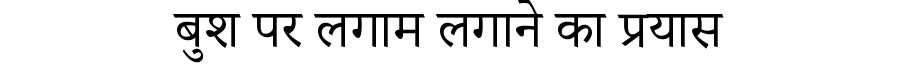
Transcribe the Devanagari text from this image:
बुश पर लगाम लगाने का प्रयास